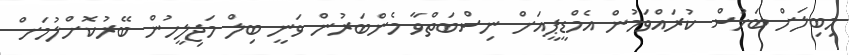
މިބިލަށް ބަހުސް ކުރައްވަމުން އެމްޑީޕީއަށް ނިސްބަތްވާ މެންބަރުން ވަނީ ބިލް މަޖިލީހުން ބޭރުކޮށްލުމަށް